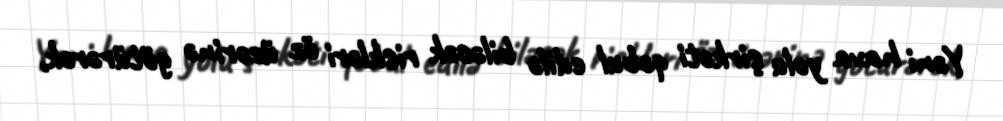
Yəni hava yolu şirkəti qəbul edilə biləcək riskləri öz üzərinə götürərək,